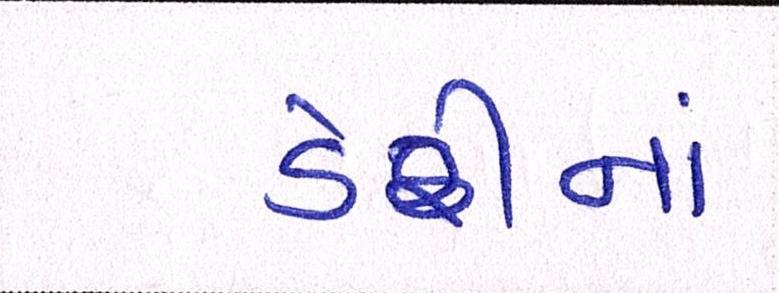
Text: ડેરીનાં